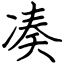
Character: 凑